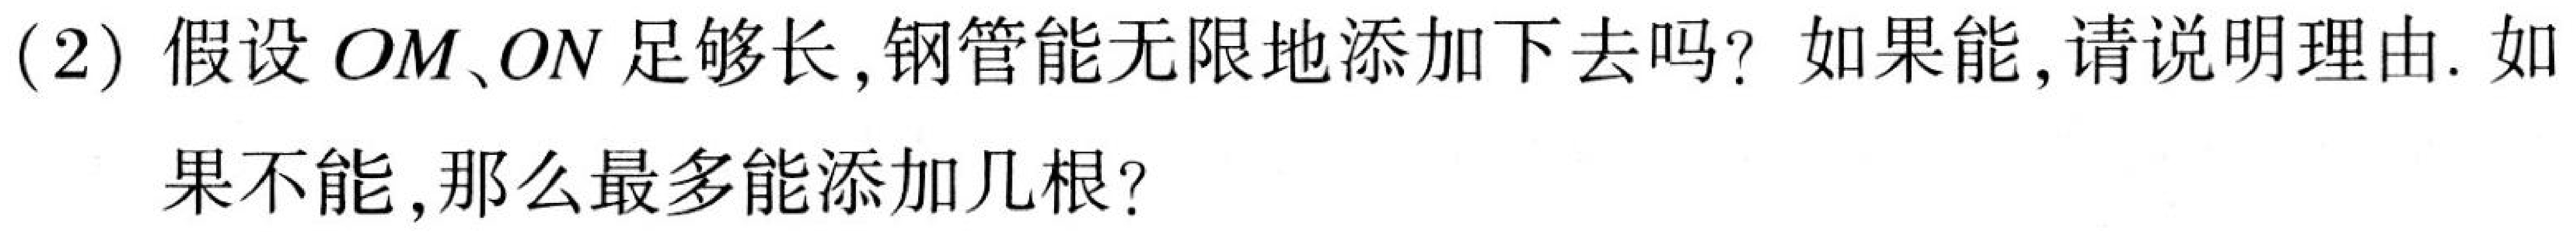
(2) 假设 \(OM、ON\) 足够长, 钢管能无限地添加下去吗? 如果能, 请说明理由. 如果不能, 那么最多能添加几根?